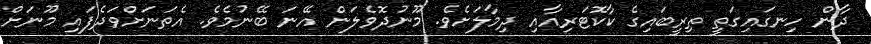
ދާން ހިނގައިގަތީ ތިރީބައިގެ ކާކޮޓަރިއާއި ދިމާލަށެވެ. މޫނުދޮވެލަން އޭނަ ބޭނުމެވެ. އެތަނަށްވަދެފައި މޫނަށް